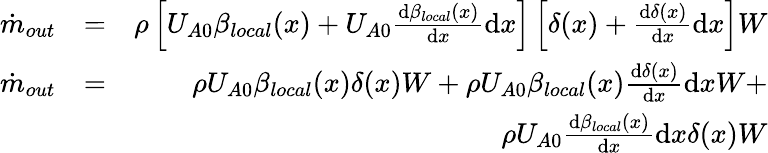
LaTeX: \begin{array}{rlr}{\dot{m}_{out}}&{=}&{\rho\left[U_{A0}\beta_{local}(x)+U_{A0}\frac{\mathrm{d}\beta_{local}(x)}{\mathrm{d}x}\mathrm{d}x\right]\left[\delta(x)+\frac{\mathrm{d}\delta(x)}{\mathrm{d}x}\mathrm{d}x\right]W}\\ {\dot{m}_{out}}&{=}&{\rho U_{A0}\beta_{local}(x)\delta(x)W+\rho U_{A0}\beta_{local}(x)\frac{\mathrm{d}\delta(x)}{\mathrm{d}x}\mathrm{d}xW+}\\ &{}&{\rho U_{A0}\frac{\mathrm{d}\beta_{local}(x)}{\mathrm{d}x}\mathrm{d}x\delta(x)W}\end{array}